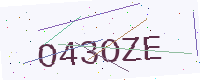
Text: O43OZE